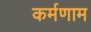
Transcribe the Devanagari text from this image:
कर्मणाम